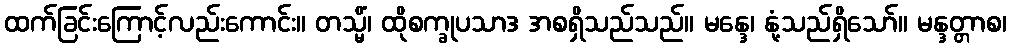
ထက်ခြင်းကြောင့်လည်းကောင်း။ တသ္မိံ၊ ထိုစက္ခုပသာဒ အစရှိသည်သည်။ မန္ဒေ၊ နုံ့သည်ရှိသော်။ မန္ဒတ္တာစ၊